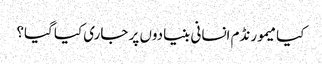
کیا میمورنڈم انسانی بنیادوں پر جاری کیا گیا؟